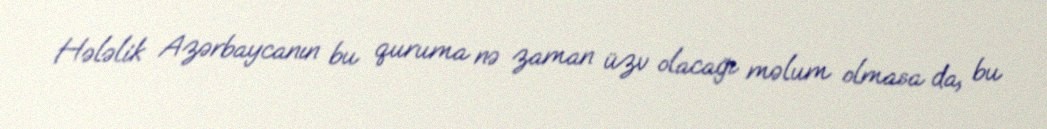
Hələlik Azərbaycanın bu quruma nə zaman üzv olacağı məlum olmasa da, bu